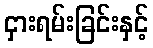
ငှားရမ်းခြင်းနှင့်